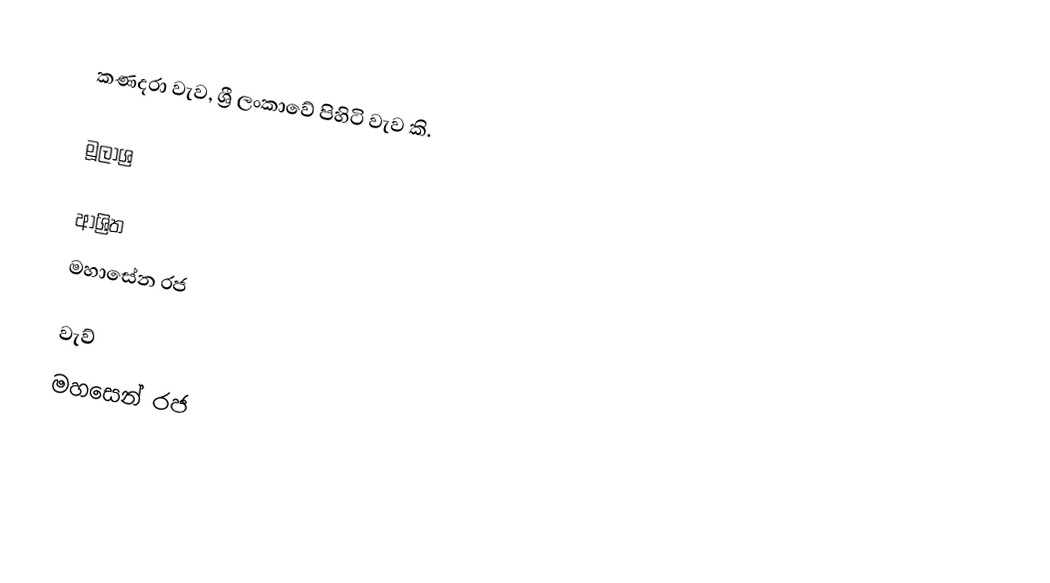
කණදරා වැව, ශ්‍රී ලංකාවේ පිහිටි වැව කි.

මූලාශ්‍ර

ආශ්‍රිත
 මහාසේන රජ

වැව්
මහසෙන් රජ